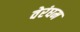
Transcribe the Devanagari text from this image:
वेरंघम